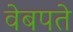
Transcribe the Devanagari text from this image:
वेबपते